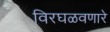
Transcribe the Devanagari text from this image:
विरघळवणारे